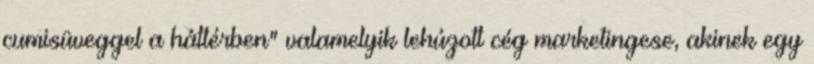
cumisüveggel a háttérben" valamelyik lehúzott cég marketingese, akinek egy